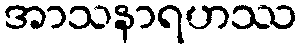
အာသနာရဟဿ